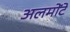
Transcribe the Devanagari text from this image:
अलमोंटे